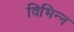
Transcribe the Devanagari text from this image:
विभिन्‍न